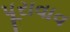
પૂરાવાવ